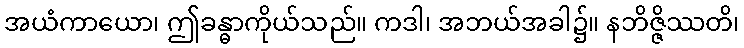
အယံကာယော၊ ဤခန္ဓာကိုယ်သည်။ ကဒါ၊ အဘယ်အခါ၌။ နဘိဇ္ဇိဿတိ၊